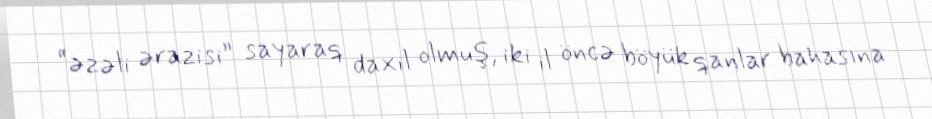
“əzəli ərazisi” sayaraq daxil olmuş, iki il öncə böyük qanlar bahasına